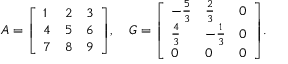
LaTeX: A = { \left[ \begin{array} { l l l } { 1 } & { 2 } & { 3 } \\ { 4 } & { 5 } & { 6 } \\ { 7 } & { 8 } & { 9 } \end{array} \right] } , \quad G = { \left[ \begin{array} { l l l } { - { \frac { 5 } { 3 } } } & { { \frac { 2 } { 3 } } } & { 0 } \\ { { \frac { 4 } { 3 } } } & { - { \frac { 1 } { 3 } } } & { 0 } \\ { 0 } & { 0 } & { 0 } \end{array} \right] } .